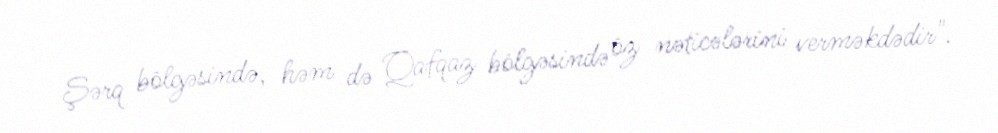
Şərq bölgəsində, həm də Qafqaz bölgəsində öz nəticələrini verməkdədir".